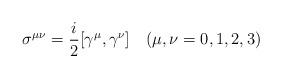
LaTeX: \begin{align*}\sigma^{\mu\nu}=\frac{i}{2}[\gamma^{\mu},\gamma^{\nu}]\quad (\mu,\nu=0,1,2,3)\end{align*}